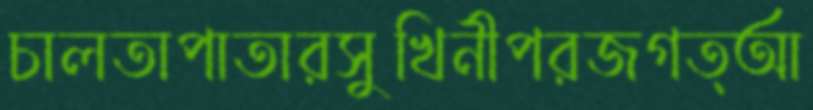
চালতাপাতারসুখিনীপরজগত্আ